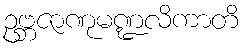
ဥဗ္ဘဇာဏုမဏ္ဍလိကာတိ